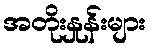
အတိုးနှုန်းများ